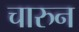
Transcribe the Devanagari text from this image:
चारुन